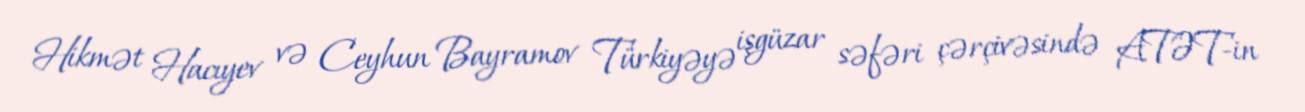
Hikmət Hacıyev və Ceyhun Bayramov Türkiyəyə işgüzar səfəri çərçivəsində ATƏT-in